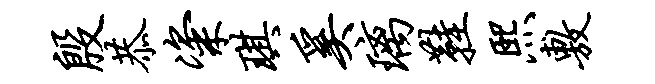
殷恭粢琪奚璃鞋熙敷